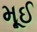
મૂઈ